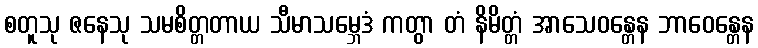
စတူသု ဇနေသု သမစိတ္တတာယ သီမာသမ္ဘေဒံ ကတွာ တံ နိမိတ္တံ အာသေဝန္တေန ဘာဝေန္တေန